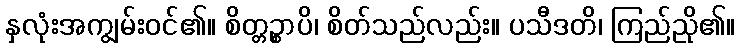
နှလုံးအကျွမ်းဝင်၏။ စိတ္တဉ္စာပိ၊ စိတ်သည်လည်း။ ပသီဒတိ၊ ကြည်ညို၏။